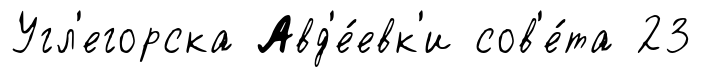
Угл'егорска Авд'е́евк'и сов'е́та 23